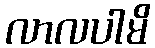
လာလပါမိ